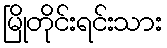
မြိုတိုင်းရင်းသား